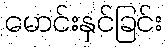
မောင်းနှင်ခြင်း